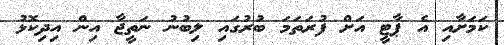
ކަމަށާއި އެ ޕާޓީ އަށް ފުރަތަމަ ބުރުގައި ލިބުނު ނަތީޖާ އިން އިދިކޮޅު